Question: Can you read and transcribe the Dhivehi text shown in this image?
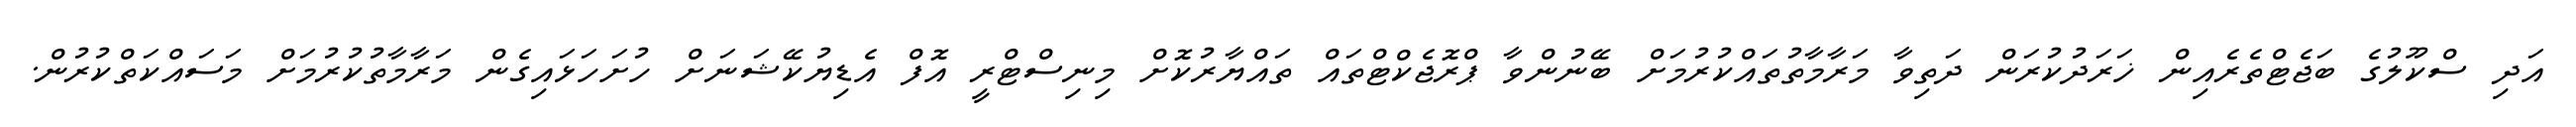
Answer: އަދި ސްކޫލުގެ ބަޖެޓްތެރެއިން ޚަރަދުކުރަން ދަތިވާ މަރާމާތުތައްކުރުމަށް ބޭނުންވާ ޕްރޮޖެކްޓްތައް ތައްޔާރުކޮށް މިނިސްޓްރީ އޮފް އެޑިޔުކޭޝަނަށް ހުށަހަޅައިގެން މަރާމާތުކުރުމަށް މަސައްކަތްކުރުން.